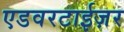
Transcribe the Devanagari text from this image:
एडवरटाईज़र